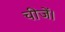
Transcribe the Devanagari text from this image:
चीजें।